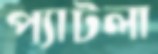
প্যাটলা